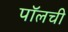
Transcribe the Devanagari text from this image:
पॉलची